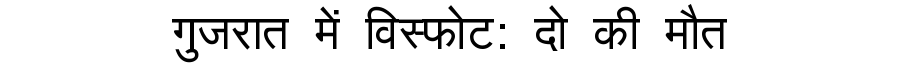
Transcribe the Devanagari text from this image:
गुजरात में विस्फोट: दो की मौत